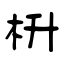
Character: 枡